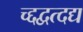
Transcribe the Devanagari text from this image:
च्द्दद्वत्दद्य